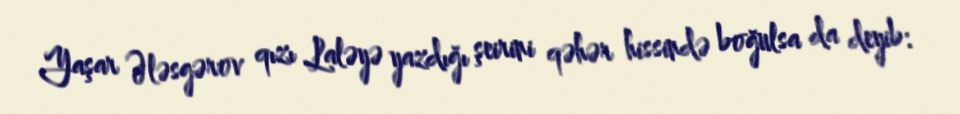
Yaşar Ələsgərov qızı Laləyə yazdığı şeirini qəhər hissində boğulsa da deyib: